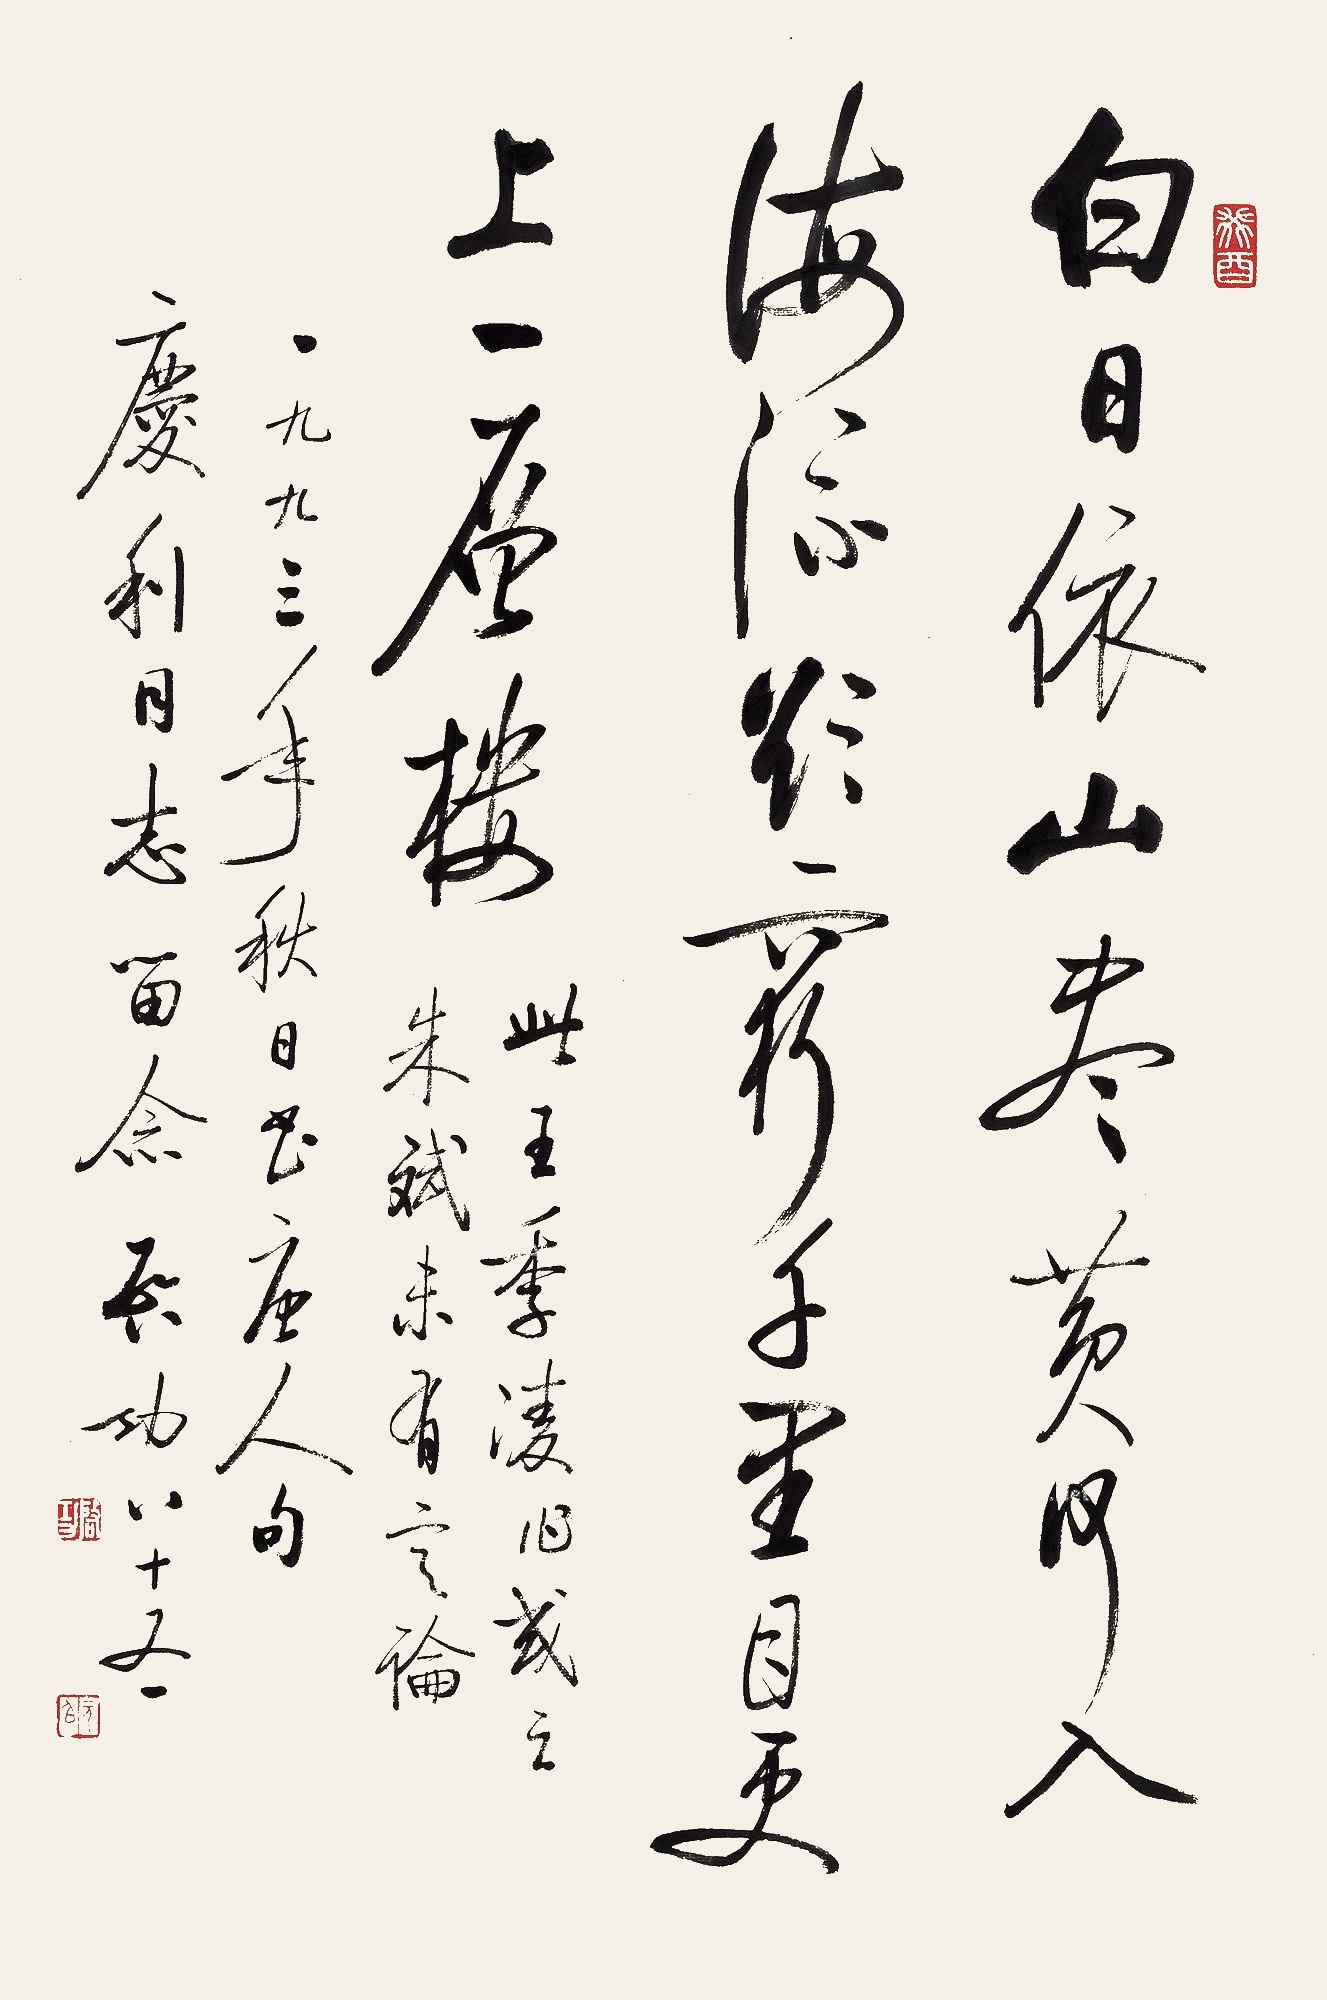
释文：白日依山尽，黄河入海流。欲穷千里目，更上一层楼。此王季凌作或是朱斌未有定论。一九九三年秋日书唐人句，庆利同志留念。启功八十又一。